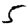
Digit: 5